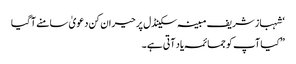
‘ شہباز شریف مبینہ سکینڈل پر حیران کن دعویٰ سامنے آگیا
”کیا آپ کو جمائمہ یاد آتی ہے۔